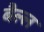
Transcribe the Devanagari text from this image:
बैल्ल